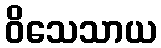
ဝိသေသာယ